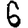
Digit: 6